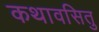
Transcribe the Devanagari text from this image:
कथावसितु